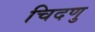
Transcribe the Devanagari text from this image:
चिदणु